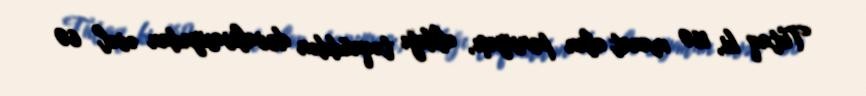
Tutaq ki, 160 manat alan pensiyaçı, aldığı təqaüddən devalivasiyadan əvəl 60